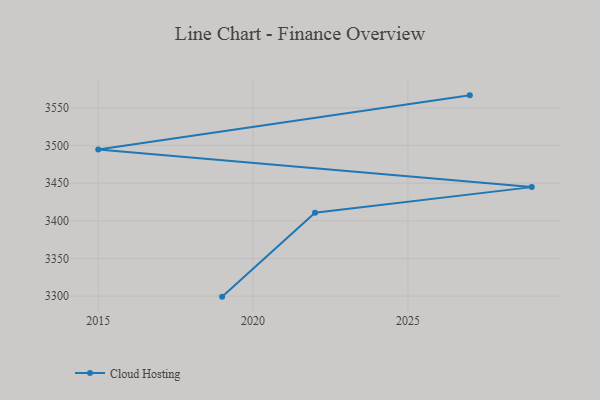
{"axis": {"x": "Year", "y": "Operating Costs (USD K)"}, "legend": ["Cloud Hosting"], "data": [{"x": "2019", "y": 3299.3, "type": "Cloud Hosting"}, {"x": "2022", "y": 3410.9, "type": "Cloud Hosting"}, {"x": "2029", "y": 3444.8, "type": "Cloud Hosting"}, {"x": "2015", "y": 3494.7, "type": "Cloud Hosting"}, {"x": "2027", "y": 3566.7, "type": "Cloud Hosting"}]}